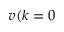
v ( k = 0